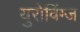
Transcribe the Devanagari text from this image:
युरोविंग्ज